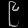
Digit: ၉